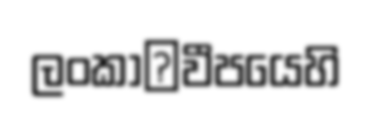
ලංකා෾වීපයෙහි